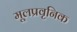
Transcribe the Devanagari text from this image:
मूलप्रवृनिक